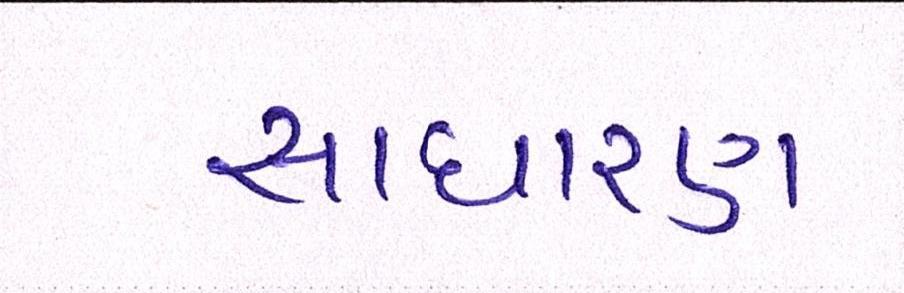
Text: સાઘારણ